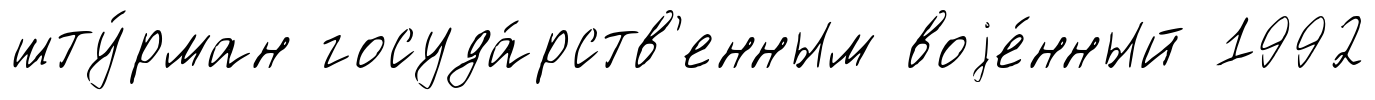
шту́рман госуда́рств'енным воjе́нный 1992